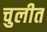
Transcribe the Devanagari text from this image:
चुलीत